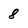
Character: 8